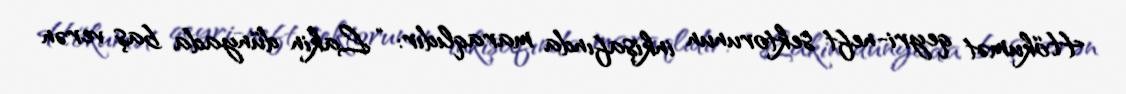
Hökumət qeyri-neft sektorunun inkişafında maraqlıdır: “Lakin dünyada baş verən